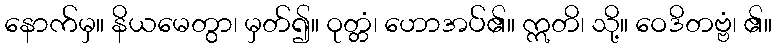
နောက်မှ။ နိယမေတွာ၊ မှတ်၍။ ဝုတ္တံ၊ ဟောအပ်၏။ ဣတိ၊ သို့။ ဝေဒိတဗ္ဗံ၊ ၏။